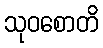
သုဝစောတိ